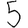
Digit: 5